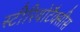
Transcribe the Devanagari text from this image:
स्टीरियोटैक्सीस